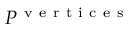
P ^ { \mathrm { ~ v ~ e ~ r ~ t ~ i ~ c ~ e ~ s ~ } }